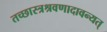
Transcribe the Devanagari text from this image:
तच्छास्त्रश्रवणादावन्यत्